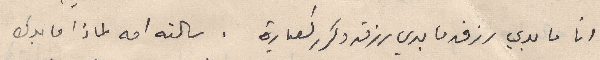
انا ما بدي رزق ما بدي رزق وكرر العبارة . سالته امه لماذا ما بدك